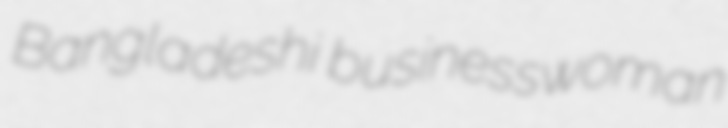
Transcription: Bangladeshi businesswoman